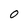
Character: O